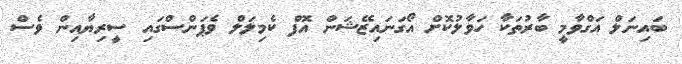
ބައިނަލް އަގްވާމީ ބާރުތަކާ ހަވާލުކޮށް އޯގަނައިޒޭޝަން އޮފް ކެމިލަލް ވެޕަންސްގައި ސީރިޔާއިން ވެސް